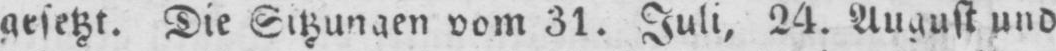
gesetzt. Die Sitzungen vom 31. Juli, 24. August und